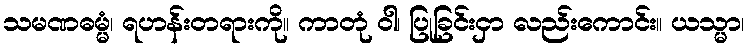
သမဏဓမ္မံ၊ ရဟန်းတရားကို။ ကာတုံ ဝါ၊ ပြုခြင်းငှာ လည်းကောင်း။ ယသ္မာ၊